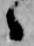
ゝ